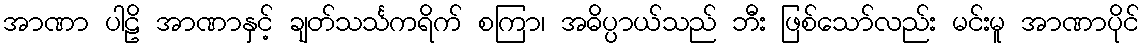
အာဏာ ပါဠိ အာဏာနှင့် ချတ်သင်္သကရိက် စကြာ၊ အဓိပ္ပာယ်သည် ဘီး ဖြစ်သော်လည်း မင်းမူ အာဏာပိုင်